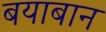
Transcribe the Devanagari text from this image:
बयाबान